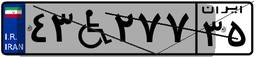
۷۹W۱۸۴۸۷